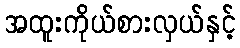
အထူးကိုယ်စားလှယ်နှင့်